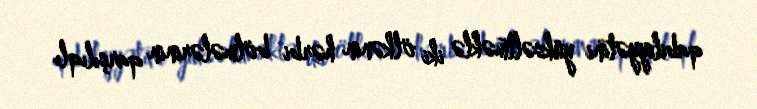
qabiliyyətini yüksəltməklə iki ölkənin hərbi bölmələrinin qarşılıqlı